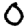
Digit: 0